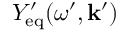
Y _ { \mathrm { e q } } ^ { \prime } ( \omega ^ { \prime } , \mathbf { k } ^ { \prime } )